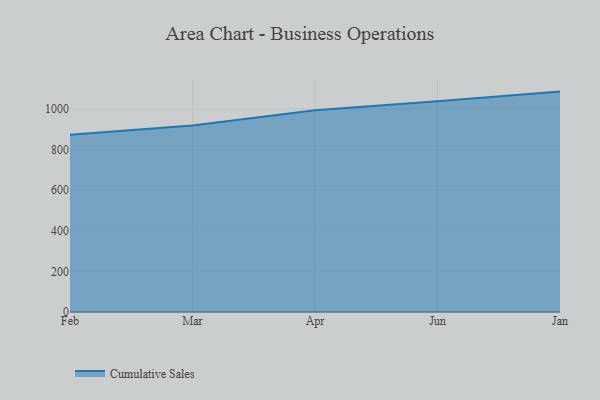
{"axis": {"x": "Month", "y": "Tickets Resolved"}, "legend": ["Cumulative Sales"], "data": [{"x": "Feb", "y": 873.5, "type": "Cumulative Sales"}, {"x": "Mar", "y": 918.5, "type": "Cumulative Sales"}, {"x": "Apr", "y": 994.0, "type": "Cumulative Sales"}, {"x": "Jun", "y": 1038.1, "type": "Cumulative Sales"}, {"x": "Jan", "y": 1086.1, "type": "Cumulative Sales"}]}